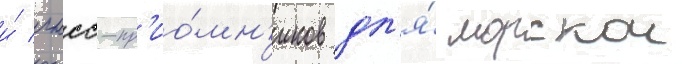
и́ гнсс-пр'ио́мн'иков дл'я́ морскои